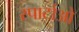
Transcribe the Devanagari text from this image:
स्पार्टाओ